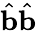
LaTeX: \hat{\mathbf{b}}\hat{\mathbf{b}}